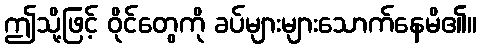
ဤသို့ဖြင့် ဝိုင်တွေကို ခပ်များများသောက်နေမိ၏။